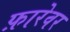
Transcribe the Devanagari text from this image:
फ़ारेवर